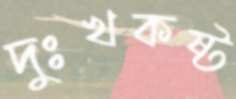
দুঃখকষ্ট